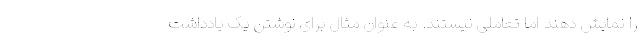
را نمایش دهند اما تعاملی نیستند. به عنوان مثال برای نوشتن یک یادداشت